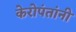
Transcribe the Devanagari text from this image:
केरोपंतांनी